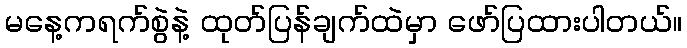
မနေ့ကရက်စွဲနဲ့ ထုတ်ပြန်ချက်ထဲမှာ ဖော်ပြထားပါတယ်။